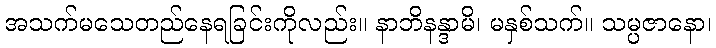
အသက်မသေတည်နေရခြင်းကိုလည်း။ နာဘိနန္ဒာမိ၊ မနှစ်သက်။ သမ္ပဇာနော၊